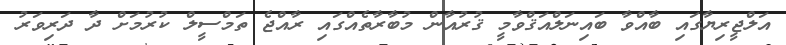
އަލްޖީރިޔާގައި ބާއްވާ ބައިނަލްއަޤްވާމީ ޤުރުއާން މުބާރާތެއްގައި ރާއްޖެ ތަމްސީލް ކުރުމަށް ދާ ދަރިވަރު